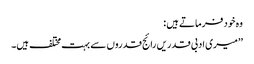
وہ خود فرماتے ہیں :
’’میری ادبی قدریں رائج قدروں سے بہت مختلف ہیں۔